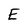
Character: E